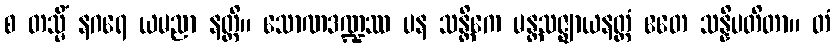
စ တသ္မိံ နဂရေ ယမညာ နတ္ထိ။ သောဏဒဏ္ဍဿ ပန သန္တိကေ မန္တသဇ္ဈာယနတ္ထံ ဧတေ သန္နိပတိတာ။ တံ